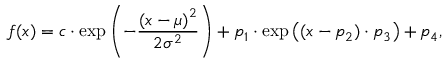
f ( x ) = c \cdot \exp { \left( - \frac { \left( x - \mu \right) ^ { 2 } } { 2 \sigma ^ { 2 } } \right) } + p _ { 1 } \cdot \exp { \left( ( x - p _ { 2 } ) \cdot p _ { 3 } \right) } + p _ { 4 } ,